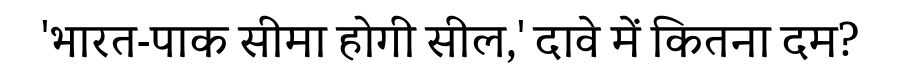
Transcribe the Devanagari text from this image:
'भारत-पाक सीमा होगी सील,' दावे में कितना दम?